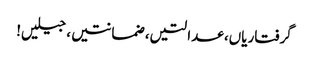
گرفتاریاں، عدالتیں، ضمانتیں، جیلیں!